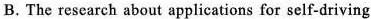
B.The research about applications for self-driving